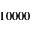
1 0 0 0 0